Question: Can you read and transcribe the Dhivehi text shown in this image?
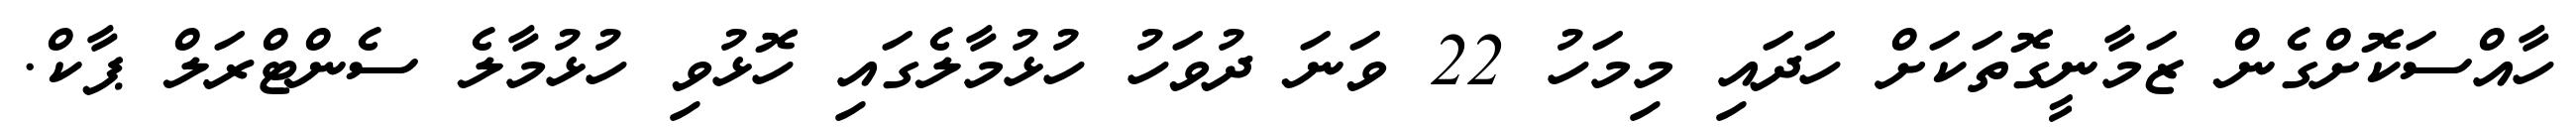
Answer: ހާއްސަކޮށްގެން ޒަމާނީގޮތަކަށް ހަދައި މިމަހު 22 ވަނަ ދުވަހު ހުޅުމާލެގައި ހޮޅުވި ހުޅުމާލެ ސެންޓްރަލް ޕާކް.